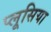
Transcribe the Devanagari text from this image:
प्लूसिया